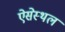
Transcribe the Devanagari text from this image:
ऐसेस्थल